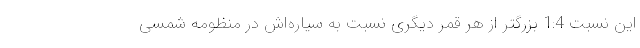
این نسبت 1:4 بزرگتر از هر قمر دیگری نسبت به سیاره‌اش در منظومه شمسی